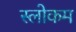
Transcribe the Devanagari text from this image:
स्‍लोकम